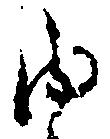
内